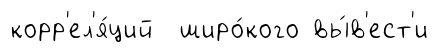
корр'ел'я́ций широ́кого вы́в'ест'и